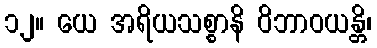
၁၂။ ယေ အရိယသစ္စာနိ ဝိဘာဝယန္တိ၊